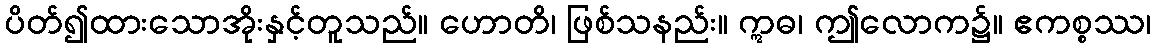
ပိတ်၍ထားသောအိုးနှင့်တူသည်။ ဟောတိ၊ ဖြစ်သနည်း။ ဣဓ၊ ဤလောက၌။ ဧကစ္စဿ၊